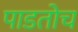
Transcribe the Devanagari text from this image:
पाडतोच